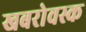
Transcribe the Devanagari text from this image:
खबरोवस्क